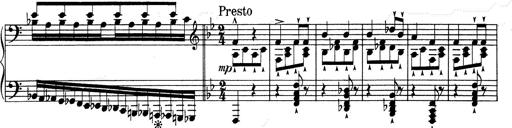
Title: RÃ©miniscences de Don Juan
Composer: Franz Liszt